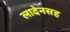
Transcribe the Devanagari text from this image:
लादेनसह